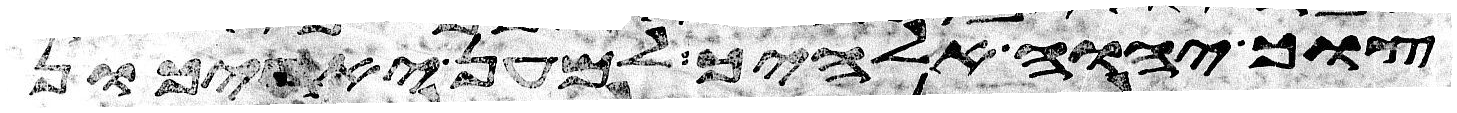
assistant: צוך יהוה אלהיך למען יארכון